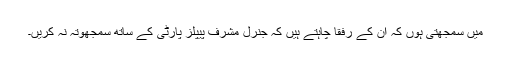
میں سمجھتی ہوں کہ ان کے رفقا چاہتے ہیں کہ جنرل مشرف پیپلز پارٹی کے ساتھ سمجھوتہ نہ کریں۔